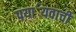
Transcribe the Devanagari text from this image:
पया॔यवाची